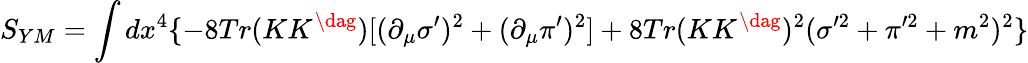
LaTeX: S_{YM}=\int dx^{4}\{ -8Tr(KK^{\dag})[(\partial_{\mu}\sigma^{\prime})^{2}+(\partial_{\mu}\pi^{\prime})^{2}]+8Tr(KK^{\dag})^{2}(\sigma^{\prime 2}+\pi^{\prime 2}+m^{2})^{2}\}